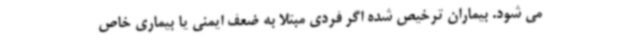
می شود. بیماران ترخیص شده اگر فردی مبتلا به ضعف ایمنی یا بیماری خاص